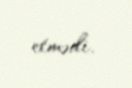
etmədi.